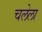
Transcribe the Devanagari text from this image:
चलेला